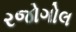
રજોગોલ